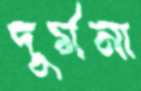
দুর্মনা